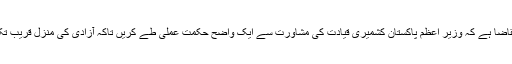
حالات کا تقاضا ہے کہ وزیر اعظم پاکستان کشمیری قیادت کی مشاورت سے ایک واضح حکمت عملی طے کریں تاکہ آزادی کی منزل قریب تک ہو سکے۔